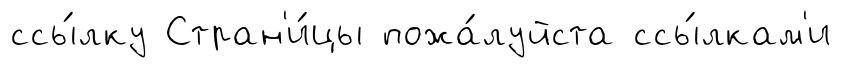
ссы́лку Стран'и́цы пожа́луйста ссы́лкам'и